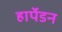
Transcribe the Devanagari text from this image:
हार्पेडन